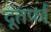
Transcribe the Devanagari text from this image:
दूतर्फा